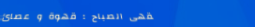
مقهى الصباح : قهوة و عصائ